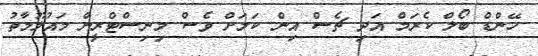
ހޭންޑް ބޯލް ކެރަމް އަދި ޗެސް އިން ކަމަށް ވެސް މިނިސްޓްރީން މައުލޫމާތު